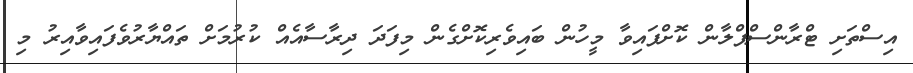
އިސްތަށި ޓްރާންސްޕްލާން ކޮށްފައިވާ މީހުން ބައިވެރިކޮށްގެން މިފަދަ ދިރާސާއެއް ކުރުމަށް ތައްޔާރުވެފައިވާއިރު މި